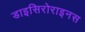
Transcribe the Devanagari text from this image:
डाइसिरोराइनस